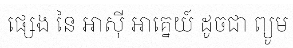
ផ្សេង នៃ អាស៊ី អាគ្នេយ៍ ដូចជា ព្យូម